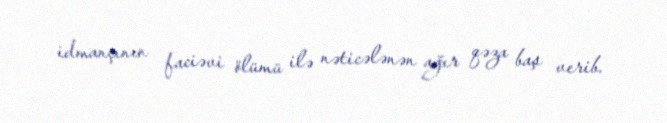
idmançının faciəvi ölümü ilə nəticələnən ağır qəza baş verib.